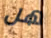
هل